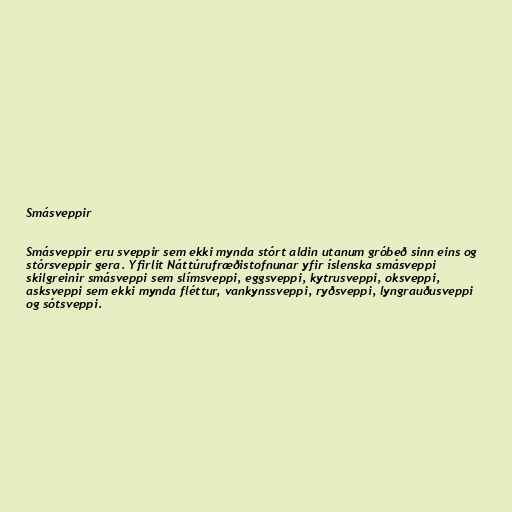
Smásveppir

Smásveppir eru sveppir sem ekki mynda stórt aldin utanum gróbeð sinn eins og
stórsveppir gera. Yfirlit Náttúrufræðistofnunar yfir íslenska smásveppi
skilgreinir smásveppi sem slímsveppi, eggsveppi, kytrusveppi, oksveppi,
asksveppi sem ekki mynda fléttur, vankynssveppi, ryðsveppi, lyngrauðusveppi
og sótsveppi.